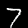
Digit: 7